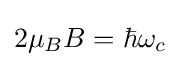
2\mu _{B}B=\hbar \omega _{c}